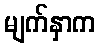
မျက်နှာက